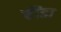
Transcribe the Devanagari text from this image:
हौंडा